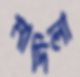
মাদিলা